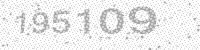
Solution: 195109